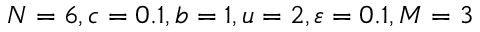
N = 6 , c = 0 . 1 , b = 1 , u = 2 , \varepsilon = 0 . 1 , M = 3